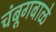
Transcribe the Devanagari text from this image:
चंबूगबाळे